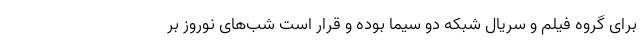
برای گروه فیلم و سریال شبکه دو سیما بوده و قرار است شب‌های نوروز بر